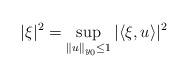
LaTeX: \begin{align*} \vert \xi\vert^2= \sup_{\Vert u\Vert_{y_0}\leq 1} |\langle \xi, u\rangle |^2 \end{align*}